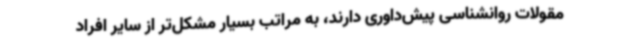
مقولات روانشناسی پیش‌داوری دارند، به مراتب بسیار مشکل‌تر از سایر افراد